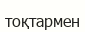
тоқтармен